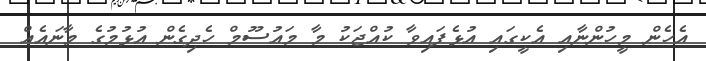
އެހެން މީހުންނާއި އެކީގައި އުޅެފައިވާ ކުއްޖަކު މާ މައުސޫމް ހެދިގެން އުޅުމުގެ މާނައެއް